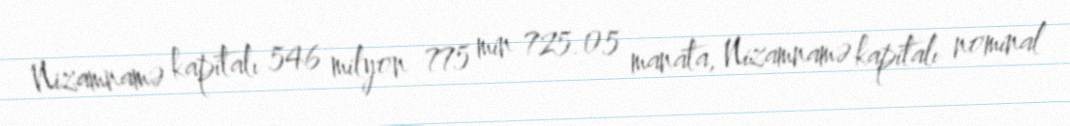
Nizamnamə kapitalı 546 milyon 775 min 725.05 manata, Nizamnamə kapitalı nominal